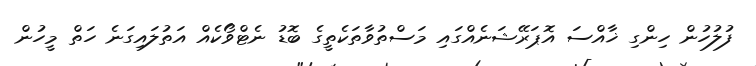
ފުލުހުން ހިންގި ޚާއްސަ އޮޕަރޭޝަނެއްގައި މަސްތުވާތަކެތީގެ ބޮޑު ނެޓްވޯކެއް އަތުލައިގަނެ ހަތް މީހުން